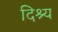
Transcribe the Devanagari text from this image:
दिश्य